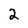
Character: 2